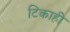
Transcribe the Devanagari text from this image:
टिकाही